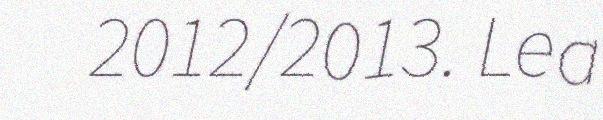
2012/2013. Lea